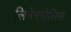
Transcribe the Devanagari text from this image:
लिनेनपोलिस